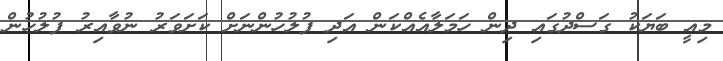
މިއީ ބަޔަކު ގަސްދުގައި ދިން ހަމަލާއެއްކަން އަދި ފުލުހުންނަށް ކަށަވަރު ނުވާއިރު ފުލުހުން